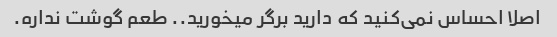
اصلا احساس نمی‌کنید که دارید برگر میخورید.. طعم گوشت نداره.